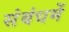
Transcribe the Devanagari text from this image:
संबंधमें